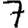
Digit: 7